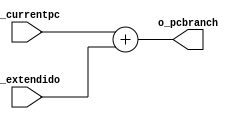
`timescale 1ns / 1ps
//////////////////////////////////////////////////////////////////////////////////
// Company: UNC FCEFyN
// 
// Design Name: 
// Module Name: DECODE_ADDER
// Project Name: MIPS
// Target Devices: 
// Tool Versions: 
// Description: 
// 
// Dependencies: 
// 
// Revision:
// Revision 0.01 - File Created
// Additional Comments:
// 
//////////////////////////////////////////////////////////////////////////////////


module DECODE_ADDER
    #(  //PARAMETERS
        parameter DATA_WIDTH = 32
    )
    (   //INPUTS
        input [DATA_WIDTH - 1:0]    i_currentpc,
        input [DATA_WIDTH - 1:0]    i_extendido,
        //OUTPUTS
        output [DATA_WIDTH - 1:0]   o_pcbranch
    );

    assign o_pcbranch = i_currentpc + i_extendido;
endmodule